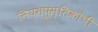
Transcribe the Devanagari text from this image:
नियमपुस्तिकांची